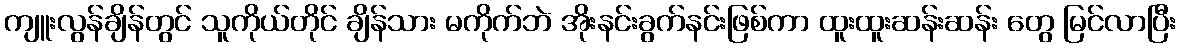
ကျူးလွန်ချိန်တွင် သူကိုယ်တိုင် ချိန်သား မကိုက်ဘဲ အိုးနင်းခွက်နင်းဖြစ်ကာ ထူးထူးဆန်းဆန်း တွေ မြင်လာပြီး